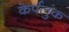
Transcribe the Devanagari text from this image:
केर्पलुंक